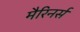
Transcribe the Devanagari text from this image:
मैरिनर्स